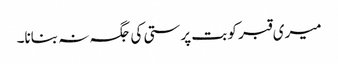
میری قبر کو بت پرستی کی جگہ نہ بنانا۔